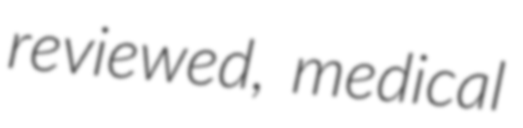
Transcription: reviewed, medical